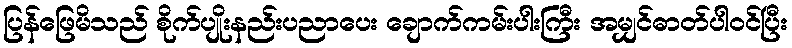
ပြန်ဖြေမိသည် စိုက်ပျိုးနည်းပညာပေး ချောက်ကမ်းပါးကြီး အမျှင်ဓာတ်ပါဝင်ပြီး